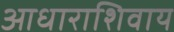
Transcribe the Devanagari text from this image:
आधाराशिवाय